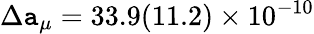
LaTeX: \Delta\mathtt{a}_{\mu}=33.9(11.2)\times10^{-10}